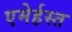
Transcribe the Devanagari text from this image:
एमेर्हस्त